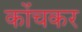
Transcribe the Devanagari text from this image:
कोंचकर